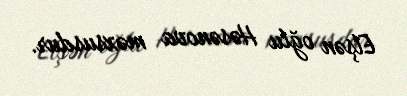
Elşən oğlu Həsənova məxsusdur.